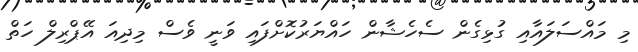
މި މައްސަލައާއި ގުޅިގެން ސެހެޝާން ހައްޔަރުކޮށްފައި ވަނީ ވެސް މިދިއަ އޭޕްރިލް ހަތް